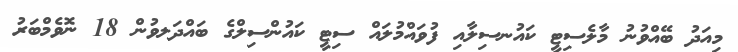
މިއަދު ބޭއްވުނު މާލެސިޓީ ކައުނސިލާއި ފުވައްމުލައް ސިޓީ ކައުންސިލްގެ ބައްދަލވުން 18 ނޮވެމްބަރު